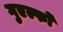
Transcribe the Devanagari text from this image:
गुएल्फों